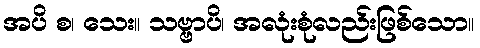
အပိ စ၊ သေး။ သဗ္ဗာပိ၊ အလုံးစုံလည်းဖြစ်သော။